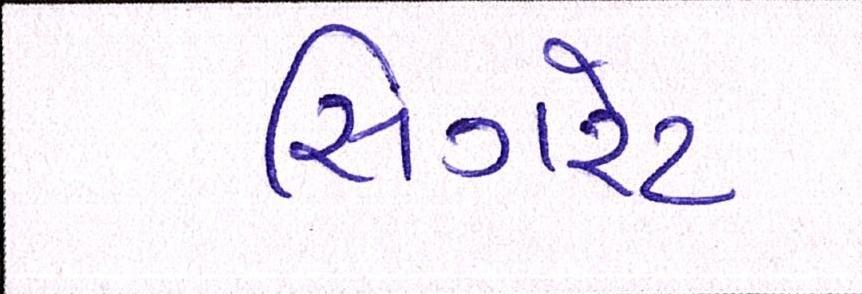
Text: સિગરેટ